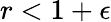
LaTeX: r<1+\epsilon